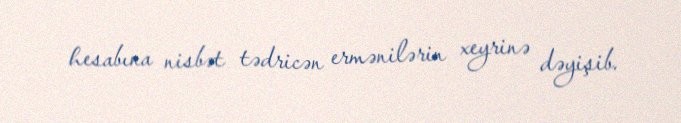
hesabına nisbət tədricən ermənilərin xeyrinə dəyişib.